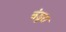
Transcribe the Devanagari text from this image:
बंडूरा